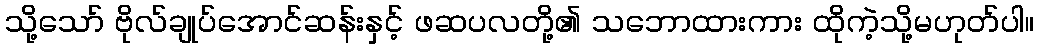
သို့သော် ဗိုလ်ချုပ်အောင်ဆန်းနှင့် ဖဆပလတို့၏ သဘောထားကား ထိုကဲ့သို့မဟုတ်ပါ။